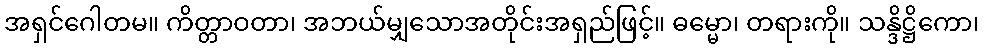
အရှင်ဂေါတမ။ ကိတ္တာဝတာ၊ အဘယ်မျှသောအတိုင်းအရှည်ဖြင့်။ ဓမ္မော၊ တရားကို။ သန္ဒိဋ္ဌိကော၊